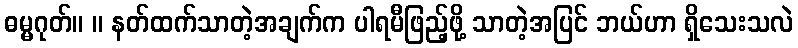
ဓမ္မဂုတ်။ ။ နတ်ထက်သာတဲ့အချက်က ပါရမီဖြည့်ဖို့ သာတဲ့အပြင် ဘယ်ဟာ ရှိသေးသလဲ